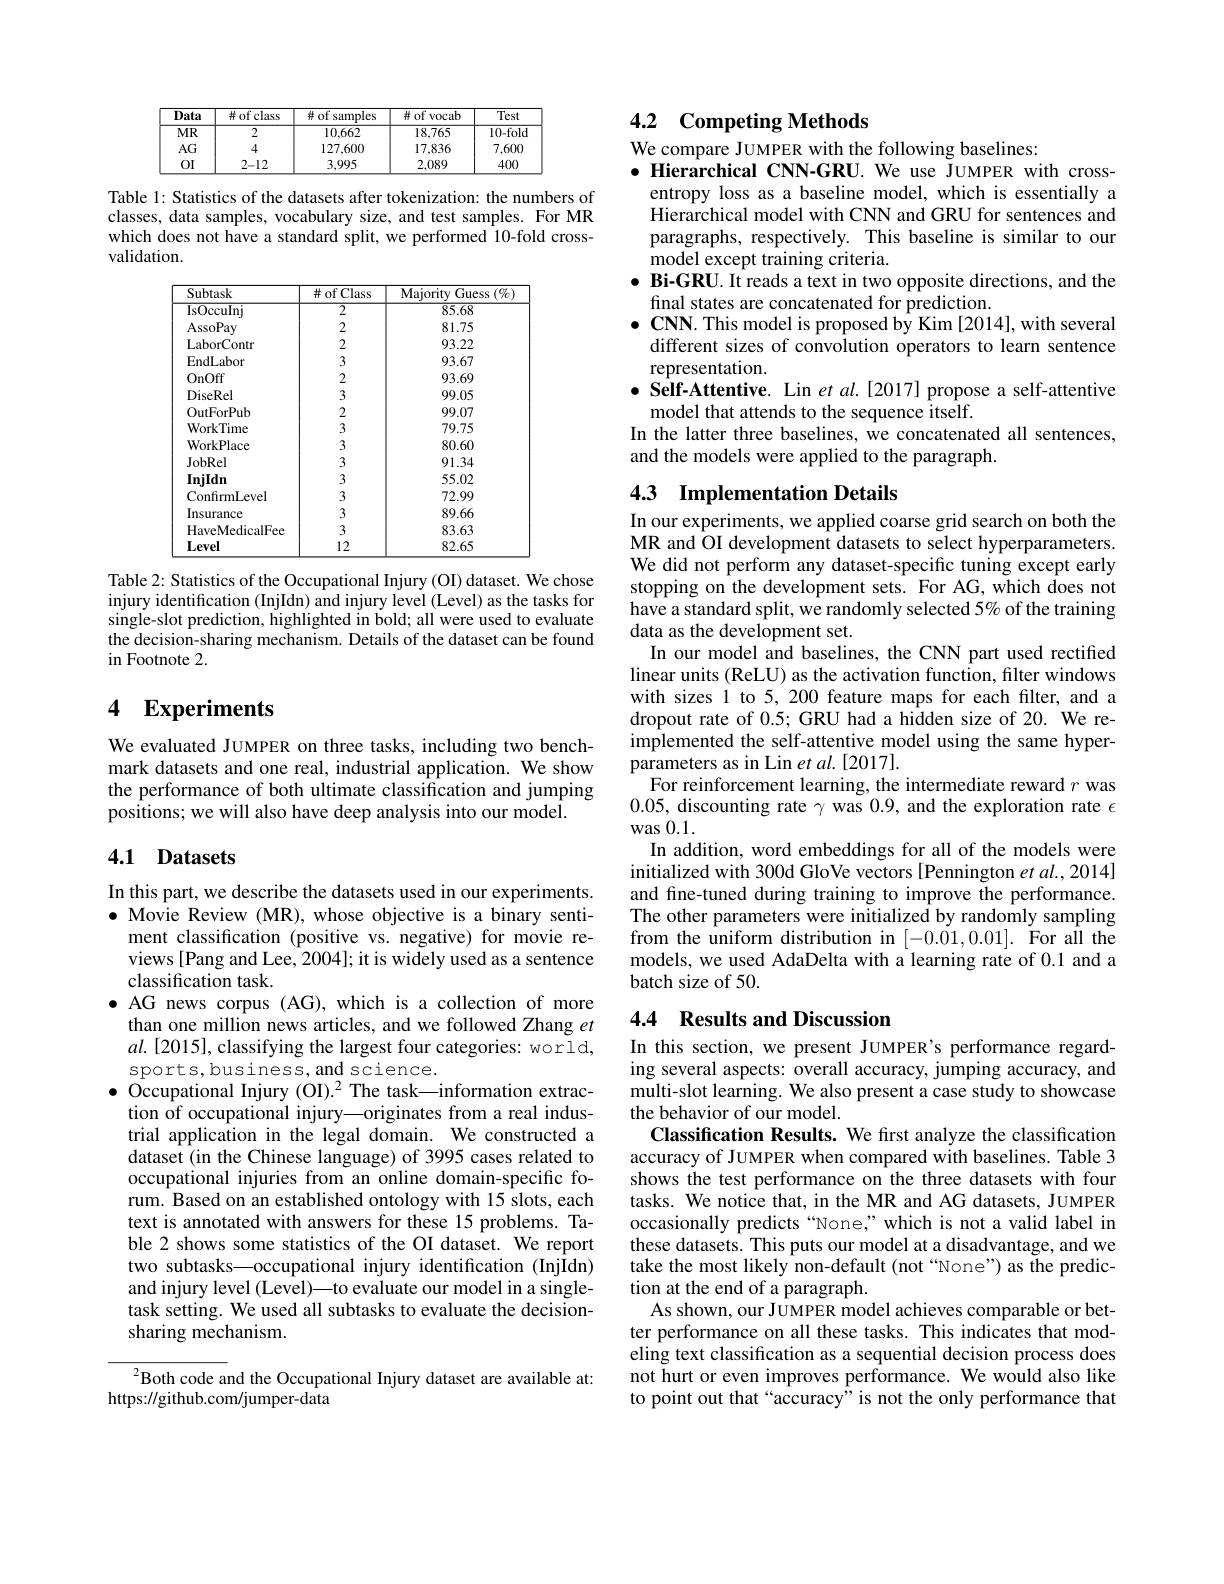
<table>
	<tbody>
		<tr>
			<th>Data</th>
			<th>并 of class</th>
			<th>并ofs samples</th>
			<th>并 of vocab</th>
			<th>Test</th>
		</tr>
		<tr>
			<td>$MR$</td>
			<td>2</td>
			<td>10,662</td>
			<td>18,765</td>
			<td>$10-{\mathrm{folc}}$</td>
		</tr>
		<tr>
			<td>$AG$</td>
			<td>4</td>
			<td>127,600</td>
			<td>17,836</td>
			<td>7,600</td>
		</tr>
		<tr>
			<td>0I</td>
			<td>2-12</td>
			<td>3,995</td>
			<td>2,089</td>
			<td>400</td>
		</tr>
	</tbody>
</table>

Table 1: Statistics of the datasets after tokenization: the numbers of classes, data samples, vocabulary size, and test samples. For MR which does not have a standard split, we performed 10-fold crossvalidation.

<table>
	<tbody>
		<tr>
			<th>Subtask</th>
			<th>#ofClass</th>
			<th>Majority Guess $s\left(\%\right)$</th>
		</tr>
		<tr>
			<td>IsOccuIni</td>
			<td>$\overline{2}$</td>
			<td>85.68</td>
		</tr>
		<tr>
			<td>AssoPay</td>
			<td>2</td>
			<td>81.75</td>
		</tr>
		<tr>
			<td>LaborContr</td>
			<td>2</td>
			<td>93.22</td>
		</tr>
		<tr>
			<td>EndLabor</td>
			<td>3</td>
			<td>93.67</td>
		</tr>
		<tr>
			<td>OnOff</td>
			<td>2</td>
			<td>93.69</td>
		</tr>
		<tr>
			<td>DiseRel</td>
			<td>3</td>
			<td>99.05</td>
		</tr>
		<tr>
			<td>OutForPub</td>
			<td>2</td>
			<td>99.07</td>
		</tr>
		<tr>
			<td>WorkTime</td>
			<td>3</td>
			<td>79.75</td>
		</tr>
		<tr>
			<td>WorkPlace</td>
			<td>3</td>
			<td>80.60</td>
		</tr>
		<tr>
			<td>JobRel</td>
			<td>3</td>
			<td>91.34</td>
		</tr>
		<tr>
			<td>InjIdn</td>
			<td>3</td>
			<td>55.02</td>
		</tr>
		<tr>
			<td>ConfirmLevel</td>
			<td>3</td>
			<td>72.99</td>
		</tr>
		<tr>
			<td>Insurance</td>
			<td>3</td>
			<td>89.66</td>
		</tr>
		<tr>
			<td>HaveMedicalFee</td>
			<td>3</td>
			<td>83.63</td>
		</tr>
		<tr>
			<td>Level</td>
			<td>12</td>
			<td>82.65</td>
		</tr>
	</tbody>
</table>
Table 2: Statistics of the Occupational Injury (OI) dataset. We chose

injury identification (InjIdn) and injury level (Level) as the tasks for single-slot prediction, highlighted in bold; all were used to evaluate the decision-sharing mechanism. Details of the dataset can be found in Footnote 2.

## 4 Experiments

We evaluated JUMPER on three tasks, including two benchmark datasets and one real, industrial application. We show the performance of both ultimate classification and jumping positions; we will also have deep analysis into our model.

## 4.1 Datasets

In this part, we describe the datasets used in our experiments. $\bullet$ Movie Review (MR), whose objective is a binary senti-
ment classification (positive vs. negative) for movie reviews [Pang and Lee, 2004]; it is widely used as a sentence classification task.
$\bullet$ AG news corpus (AG), which is a collection of more than one million news articles, and we followed Zhang $et$ $al.[2015]$, classifying the largest four categories: world, sports,business,and science.
$\bullet$ Occupational Injury (OI).$^2$ The task—information extrac-
tion of occupational injury—originates from a real industrial application in the legal domain. We constructed a dataset (in the Chinese language) of 3995 cases related to occupational injuries from an online domain-specific forum. Based on an established ontology with 15 slots, each text is annotated with answers for these 15 problems. Table 2 shows some statistics of the OI dataset. We report two subtasks—occupational injury identification (InjIdn) and injury level (Level)—to evaluate our model in a singletask setting. We used all subtasks to evaluate the decisionsharing mechanism.

${^{2}\text{Both code and the Occupational Injury dataset are available at:}}$
https://github.com/jumper-data

## 4.2 Competing Methods

We compare JUMPER with the following baselines:
$\bullet$ Hierarchical CNN-GRU. We use JUMPER with cross-
entropy loss as a baseline model, which is essentially a Hierarchical model with CNN and GRU for sentences and paragraphs, respectively. This baseline is similar to our ${\tilde{\mathrm{model~except~training~criteria.}}}$
$\bullet \textbf{ Bi- GRU. It reads a text in two opposite directions, and the}$
final states are concatenated for prediction.
$\bullet$ CNN. This model is proposed by Kim [2014], with several
different sizes of convolution operators to learn sentence
representation.
$\bullet$ Self-Attentive. Lin $etal.[2017]$ propose a self-attentive
model that attends to the sequence itself.
In the latter three baselines, we concatenated all sentences,
and the models were applied to the paragraph.

## 4.3 Implementation Details

In our experiments, we applied coarse grid search on both the MR and OI development datasets to select hyperparameters. We did not perform any dataset-specific tuning except early stopping on the development sets. For AG, which does not have a standard split, we randomly selected 5% of the training data as the development set.
In our model and baselines, the CNN part used rectified linear units (ReLU) as the activation function, filter windows with sizes 1 to 5, 200 feature maps for each filter, and a dropout rate of 0.5; GRU had a hidden size of 20. We reimplemented the self-attentive model using the same hyper- $\hat{\text{parameters as in Lin et al.[2017].}}$
For reinforcement learning, the intermediate reward $r$ was 0.05, discounting rate $\gamma$ was 0.9, and the exploration rate $\epsilon$ was 0.1.
In addition, word embeddings for all of the models were initialized with 300d GloVe vectors [Pennington et al., 2014] and fine-tuned during training to improve the performance. The other parameters were initialized by randomly sampling from the uniform distribution in [-0.01,0.01]. For all the models, we used AdaDelta with a learning rate of 0.1 and a batch size of 50.

## 4.4 Results and Discussion

In this section, we present JUMPER's performance regarding several aspects: overall accuracy, jumping accuracy, and multi-slot learning. We also present a case study to showcase the behavior of our model.
Classification Results. We first analyze the classification accuracy of JUMPER when compared with baselines. Table 3 shows the test performance on the three datasets with four tasks. We notice that, in the MR and AG datasets, JUMPER occasionally predicts“None,”which is not a valid label in these datasets. This puts our model at a disadvantage, and we take the most likely non-default (not “None”) as the prediction at the end of a paragraph.
As shown, our JUMPER model achieves comparable or better performance on all these tasks. This indicates that modeling text classification as a sequential decision process does not hurt or even improves performance. We would also like to point out that “accuracy”is not the only performance that